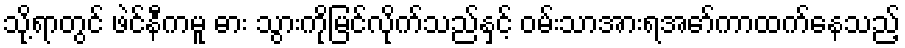
သို့ရာတွင် ဖဲင်နီကမူ ဓား သွားကိုမြင်လိုက်သည်နှင့် ဝမ်းသာအားရအော်ကာထက်နေသည့်